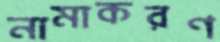
নামাকরণ